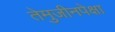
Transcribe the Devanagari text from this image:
तेमुजीनपेक्षा